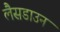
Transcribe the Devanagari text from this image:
लैसडाउन